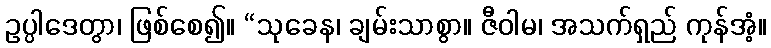
ဥပ္ပါဒေတွာ၊ ဖြစ်စေ၍။ “သုခေန၊ ချမ်းသာစွာ။ ဇီဝါမ၊ အသက်ရှည် ကုန်အံ့။